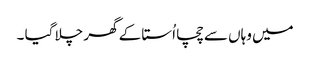
میں وہاں سے چچا اُستا کے گھر چلا گیا ۔